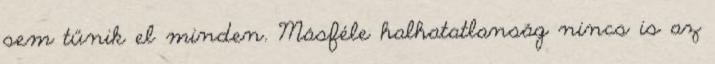
sem tűnik el minden. Másféle halhatatlanság nincs is az